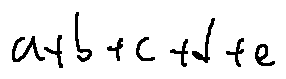
a + b + c + d + e